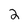
Character: 2